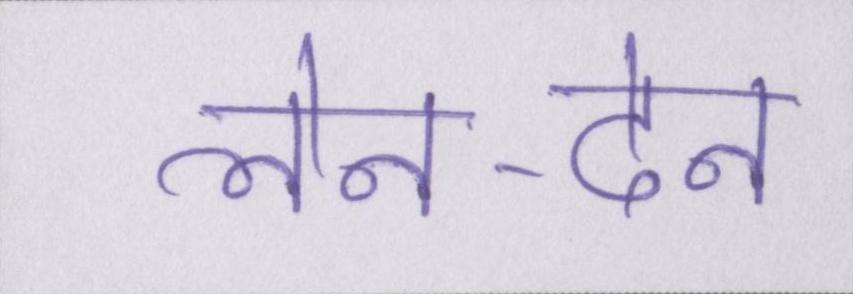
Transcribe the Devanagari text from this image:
लेन-देन